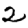
Digit: 2